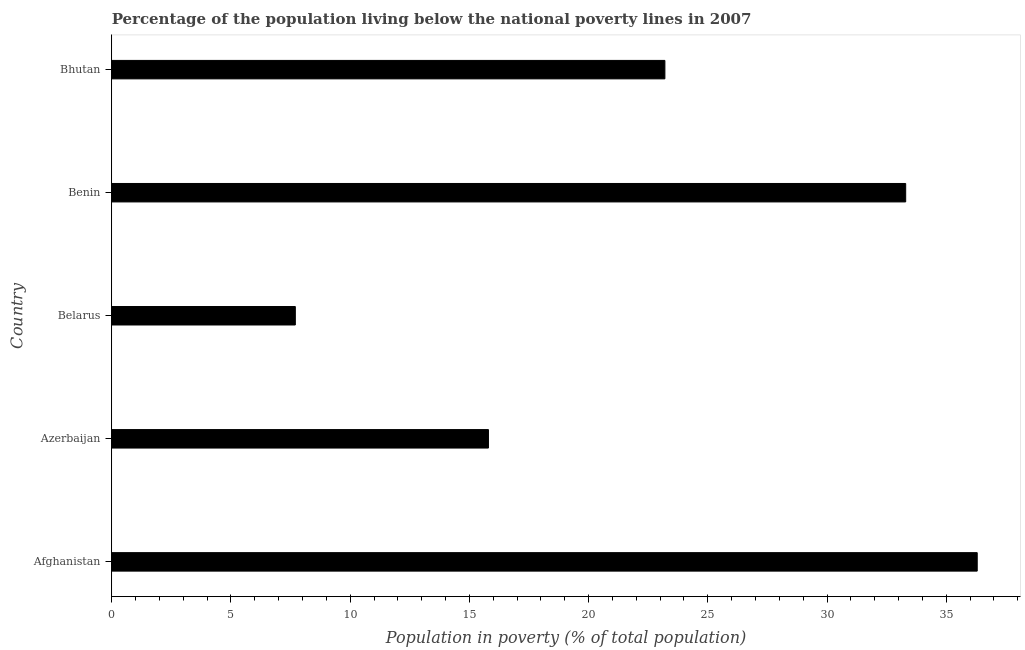
| Country | Poverty headcount ratio |
 | --- | --- |
 | Afghanistan | 36.3 |
 | Azerbaijan | 15.8 |
 | Belarus | 7.7 |
 | Benin | 33.3 |
 | Bhutan | 23.2 |